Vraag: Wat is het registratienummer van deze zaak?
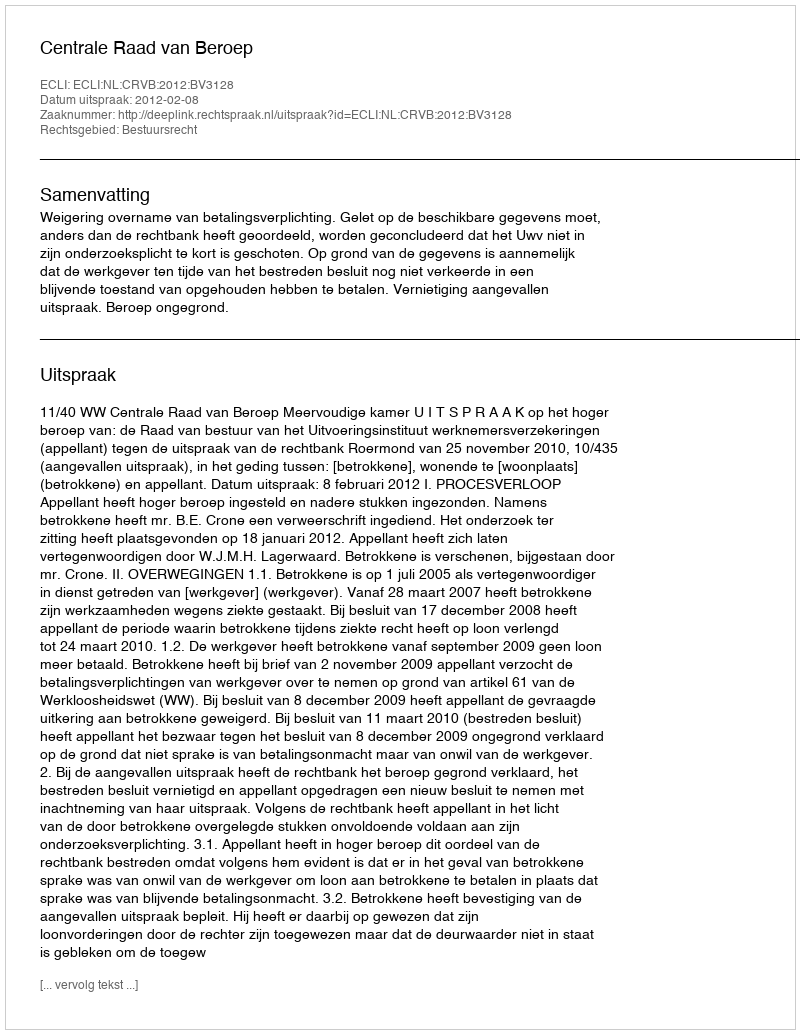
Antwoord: http://deeplink.rechtspraak.nl/uitspraak?id=ECLI:NL:CRVB:2012:BV3128